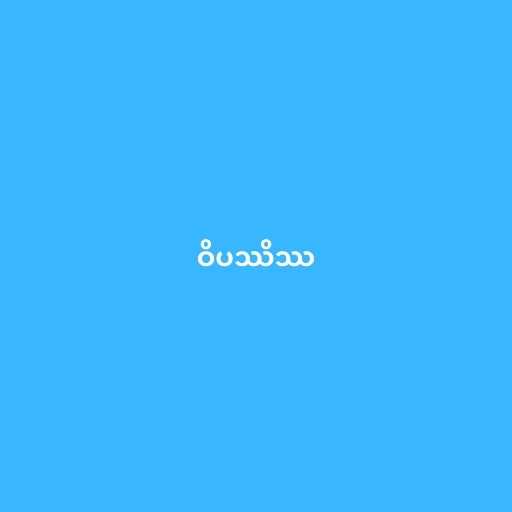
ဝိပဿိဿ